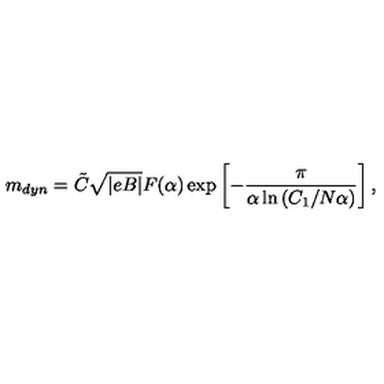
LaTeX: m _ { d y n } = \tilde { C } \sqrt { | e B | } F ( \alpha ) \exp \left[ - \frac { \pi } { \alpha \ln \left( C _ { 1 } / N \alpha \right) } \right] ,